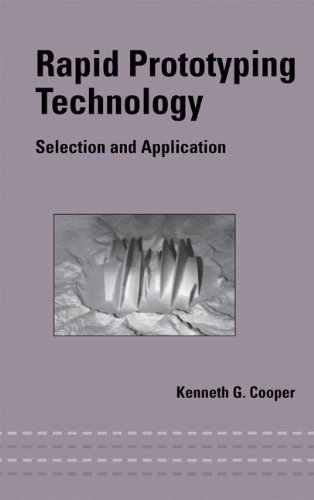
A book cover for Rapid Prototyping Technology: Selection and Application (Mechanical Engineering); Kenneth Cooper; Computers & Technology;